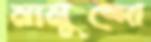
মামুন্দো